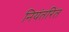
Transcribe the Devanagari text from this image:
नियंतरित